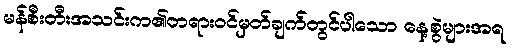
မန်စီးတီးအသင်းက၏တရားဝင်မှတ်ချက်တွင်ပါသော နေ့စွဲများအရ